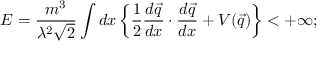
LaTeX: E = \frac { m ^ { 3 } } { \lambda ^ { 2 } \sqrt { 2 } } \int d x \left\{ \frac { 1 } { 2 } \frac { d \vec { q } } { d x } \cdot \frac { d \vec { q } } { d x } + V ( \vec { q } ) \right\} < + \infty ;